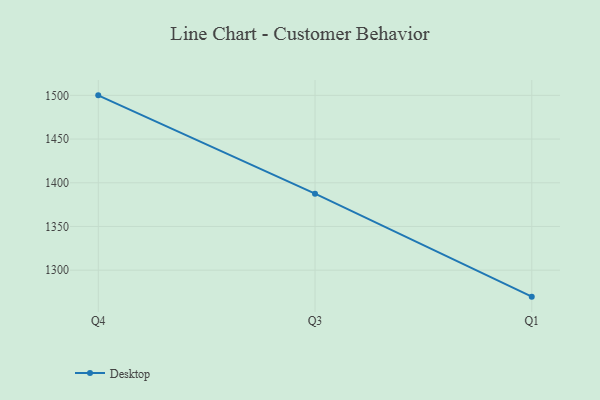
{"axis": {"x": "Quarter", "y": "Website Visitors"}, "legend": ["Desktop"], "data": [{"x": "Q4", "y": 1500.0, "type": "Desktop"}, {"x": "Q3", "y": 1387.5, "type": "Desktop"}, {"x": "Q1", "y": 1269.7, "type": "Desktop"}]}